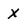
Character: X